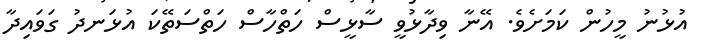
އުޅުނު މީހުން ކަމަށެވެ. އޭނާ ވިދާޅުވީ ސާޅީސް ހަތްހާސް ހަތްސަތޭކަ އުޅަނދު ގަވައިދާ